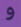
و